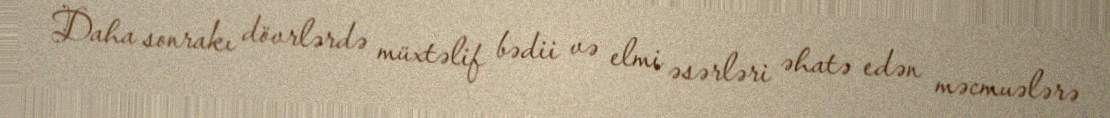
Daha sonrakı dövrlərdə müxtəlif bədii və elmi əsərləri əhatə edən məcmuələrə